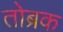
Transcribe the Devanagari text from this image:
तोब्रक